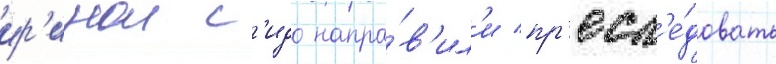
ир'инои с'идо напра́в'ил'и пр'есл'е́довать